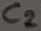
Text: C2